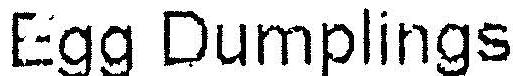
EGG DUMPLINGS